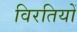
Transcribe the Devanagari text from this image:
विरतियों